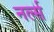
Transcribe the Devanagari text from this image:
नर्ल्स